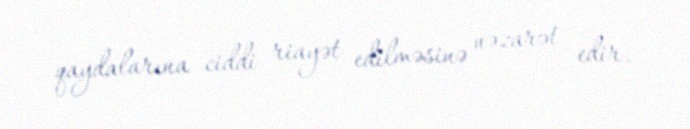
qaydalarına ciddi riayət edilməsinə nəzarət edir.